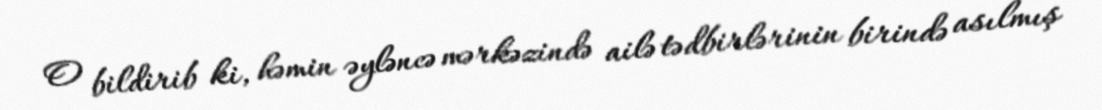
O bildirib ki, həmin əyləncə mərkəzində ailə tədbirlərinin birində asılmış